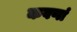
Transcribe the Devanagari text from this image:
कवणां